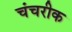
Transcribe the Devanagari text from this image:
चंचरीक